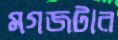
মগজটার